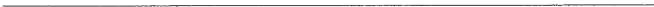
___